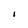
Character: I